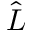
\hat { L }